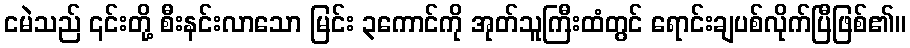
ငမဲသည် ၎င်းတို့ စီးနင်းလာသော မြင်း ၃ကောင်ကို အုတ်သူကြီးထံတွင် ရောင်းချပစ်လိုက်ပြီဖြစ်၏။